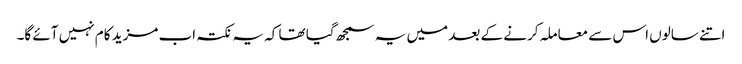
اتنے سالوں اس سے معاملہ کرنے کے بعد میں یہ سمجھ گیا تھا کہ یہ نکتہ اب مزید کام نہیں آئے گا۔